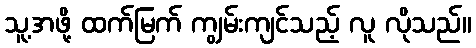
သူ့အဖို့ ထက်မြက် ကျွမ်းကျင်သည့် လူ လိုသည်။